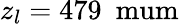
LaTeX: z_{l}=479\ \mathrm{\ mum}